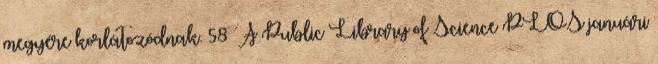
megyére korlátozódnak. 58 A Public Library of Science PLOS januári